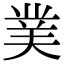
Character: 菐